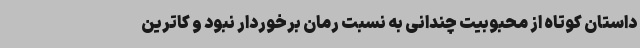
داستان کوتاه از محبوبیت چندانی به نسبت رمان برخوردار نبود و کاترین